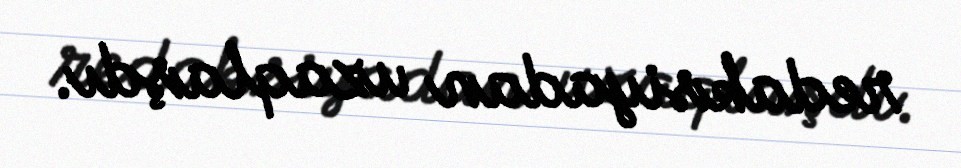
redaksiyadan uzaqlaşdı.